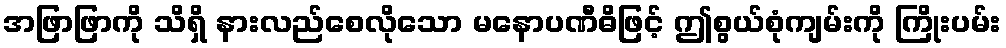
အဖြာဖြာကို သိရှိ နားလည်စေလိုသော မနောပဏီဓိဖြင့် ဤစွယ်စုံကျမ်းကို ကြိုးပမ်း